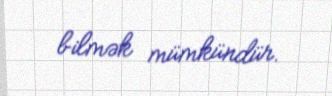
bilmək mümkündür.